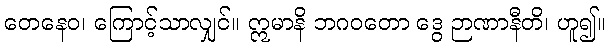
တေနေဝ၊ ကြောင့်သာလျှင်။ ဣမာနိ ဘဂဝတော ဒွေ ဉာဏာနီတိ၊ ဟူ၍။